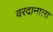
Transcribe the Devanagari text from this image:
वरदानाला